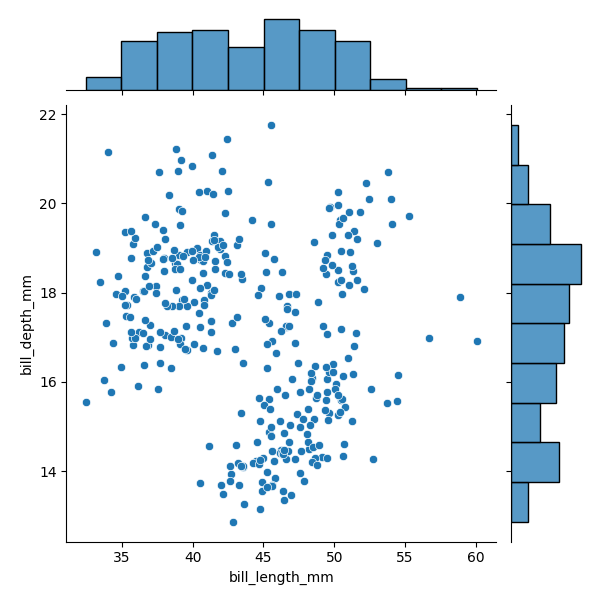
python, seaborn, JointGrid, scatterplot, histplot